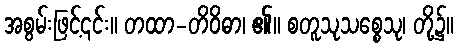
အစွမ်းဖြင့်၎င်း။ တထာ-တိဝိဓာ၊ ၏။ စတူသုသစ္စေသု၊ တို့၌။